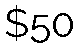
$50